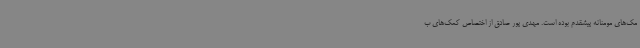
مک‌های مومنانه پیشقدم بوده است. مهدی پور صادق از اختصاص کمک‌های ب